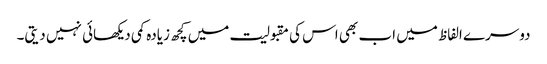
دوسرے الفاظ میں اب بھی اس کی مقبولیت میں کچھ زیادہ کمی دیکھائی نہیں دیتی۔